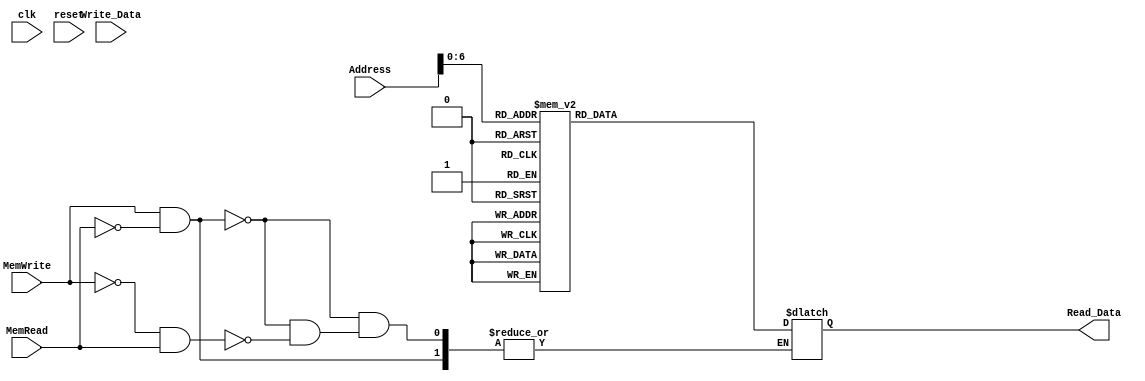
`timescale 1ns / 1ps
//////////////////////////////////////////////////////////////////////////////////
// Company: 
// Engineer: 
// 
// Design Name: 
// Module Name: Data_Memory
// Project Name: 
// Target Devices: 
// Tool Versions: 
// Description: 
// 
// Dependencies: 
// 
// Revision:
// Revision 0.01 - File Created
// Additional Comments:
// 
//////////////////////////////////////////////////////////////////////////////////


module Data_Memory(Address,Write_Data,MemWrite,MemRead,Read_Data,clk,reset);

input [31:0] Address;
input [31:0] Write_Data; //Data that is to be written into memory in case of store
input MemRead, MemWrite; // From control unit
output reg [31:0] Read_Data; // Data that is read and taken into register in case of load
input clk,reset;	

integer i;
	
reg [31:0] mem [127:0];

always @(*)
begin
begin
	for(i=0; i<128; i=i+1)
	mem[i] = i+10;
end


if (MemWrite==1'b1 && MemRead ==1'b0)
	mem[Address] = Write_Data;
else if(MemWrite==1'b0 && MemRead ==1'b1)	
	Read_Data = mem[Address];
end
	
endmodule